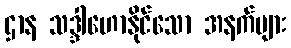
ဌာန သဒ္ဒါဟောနိုင်သော အနက်များ